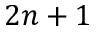
2 n + 1